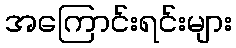
အကြောင်းရင်းများ